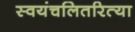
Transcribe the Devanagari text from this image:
स्वयंचलितरित्या